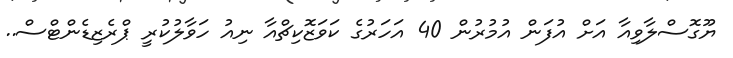
ޔޫގޮސްލާވިއާ އަށް އުފަން އުމުރުން 40 އަހަރުގެ ކަވަޒޮކިޗްއާ ނިއު ހަވާލުކުރީ ޕްރެޒިޑެންޓްސް..